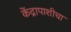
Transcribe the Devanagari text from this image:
केंद्रापाशीचा